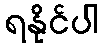
ရနိုင်ပါ